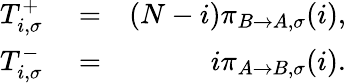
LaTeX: \begin{array}{rlr}{T_{i,\sigma}^{+}}&{{}=}&{(N-i)\pi_{B\to A,\sigma}(i),}\\ {T_{i,\sigma}^{-}}&{{}=}&{i\pi_{A\to B,\sigma}(i).}\end{array}